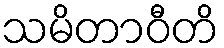
သမိတာဝီတိ